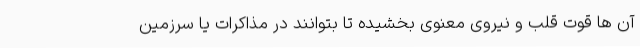
آن ها قوت قلب و نیروی معنوی بخشیده تا بتوانند در مذاکرات یا سرزمین